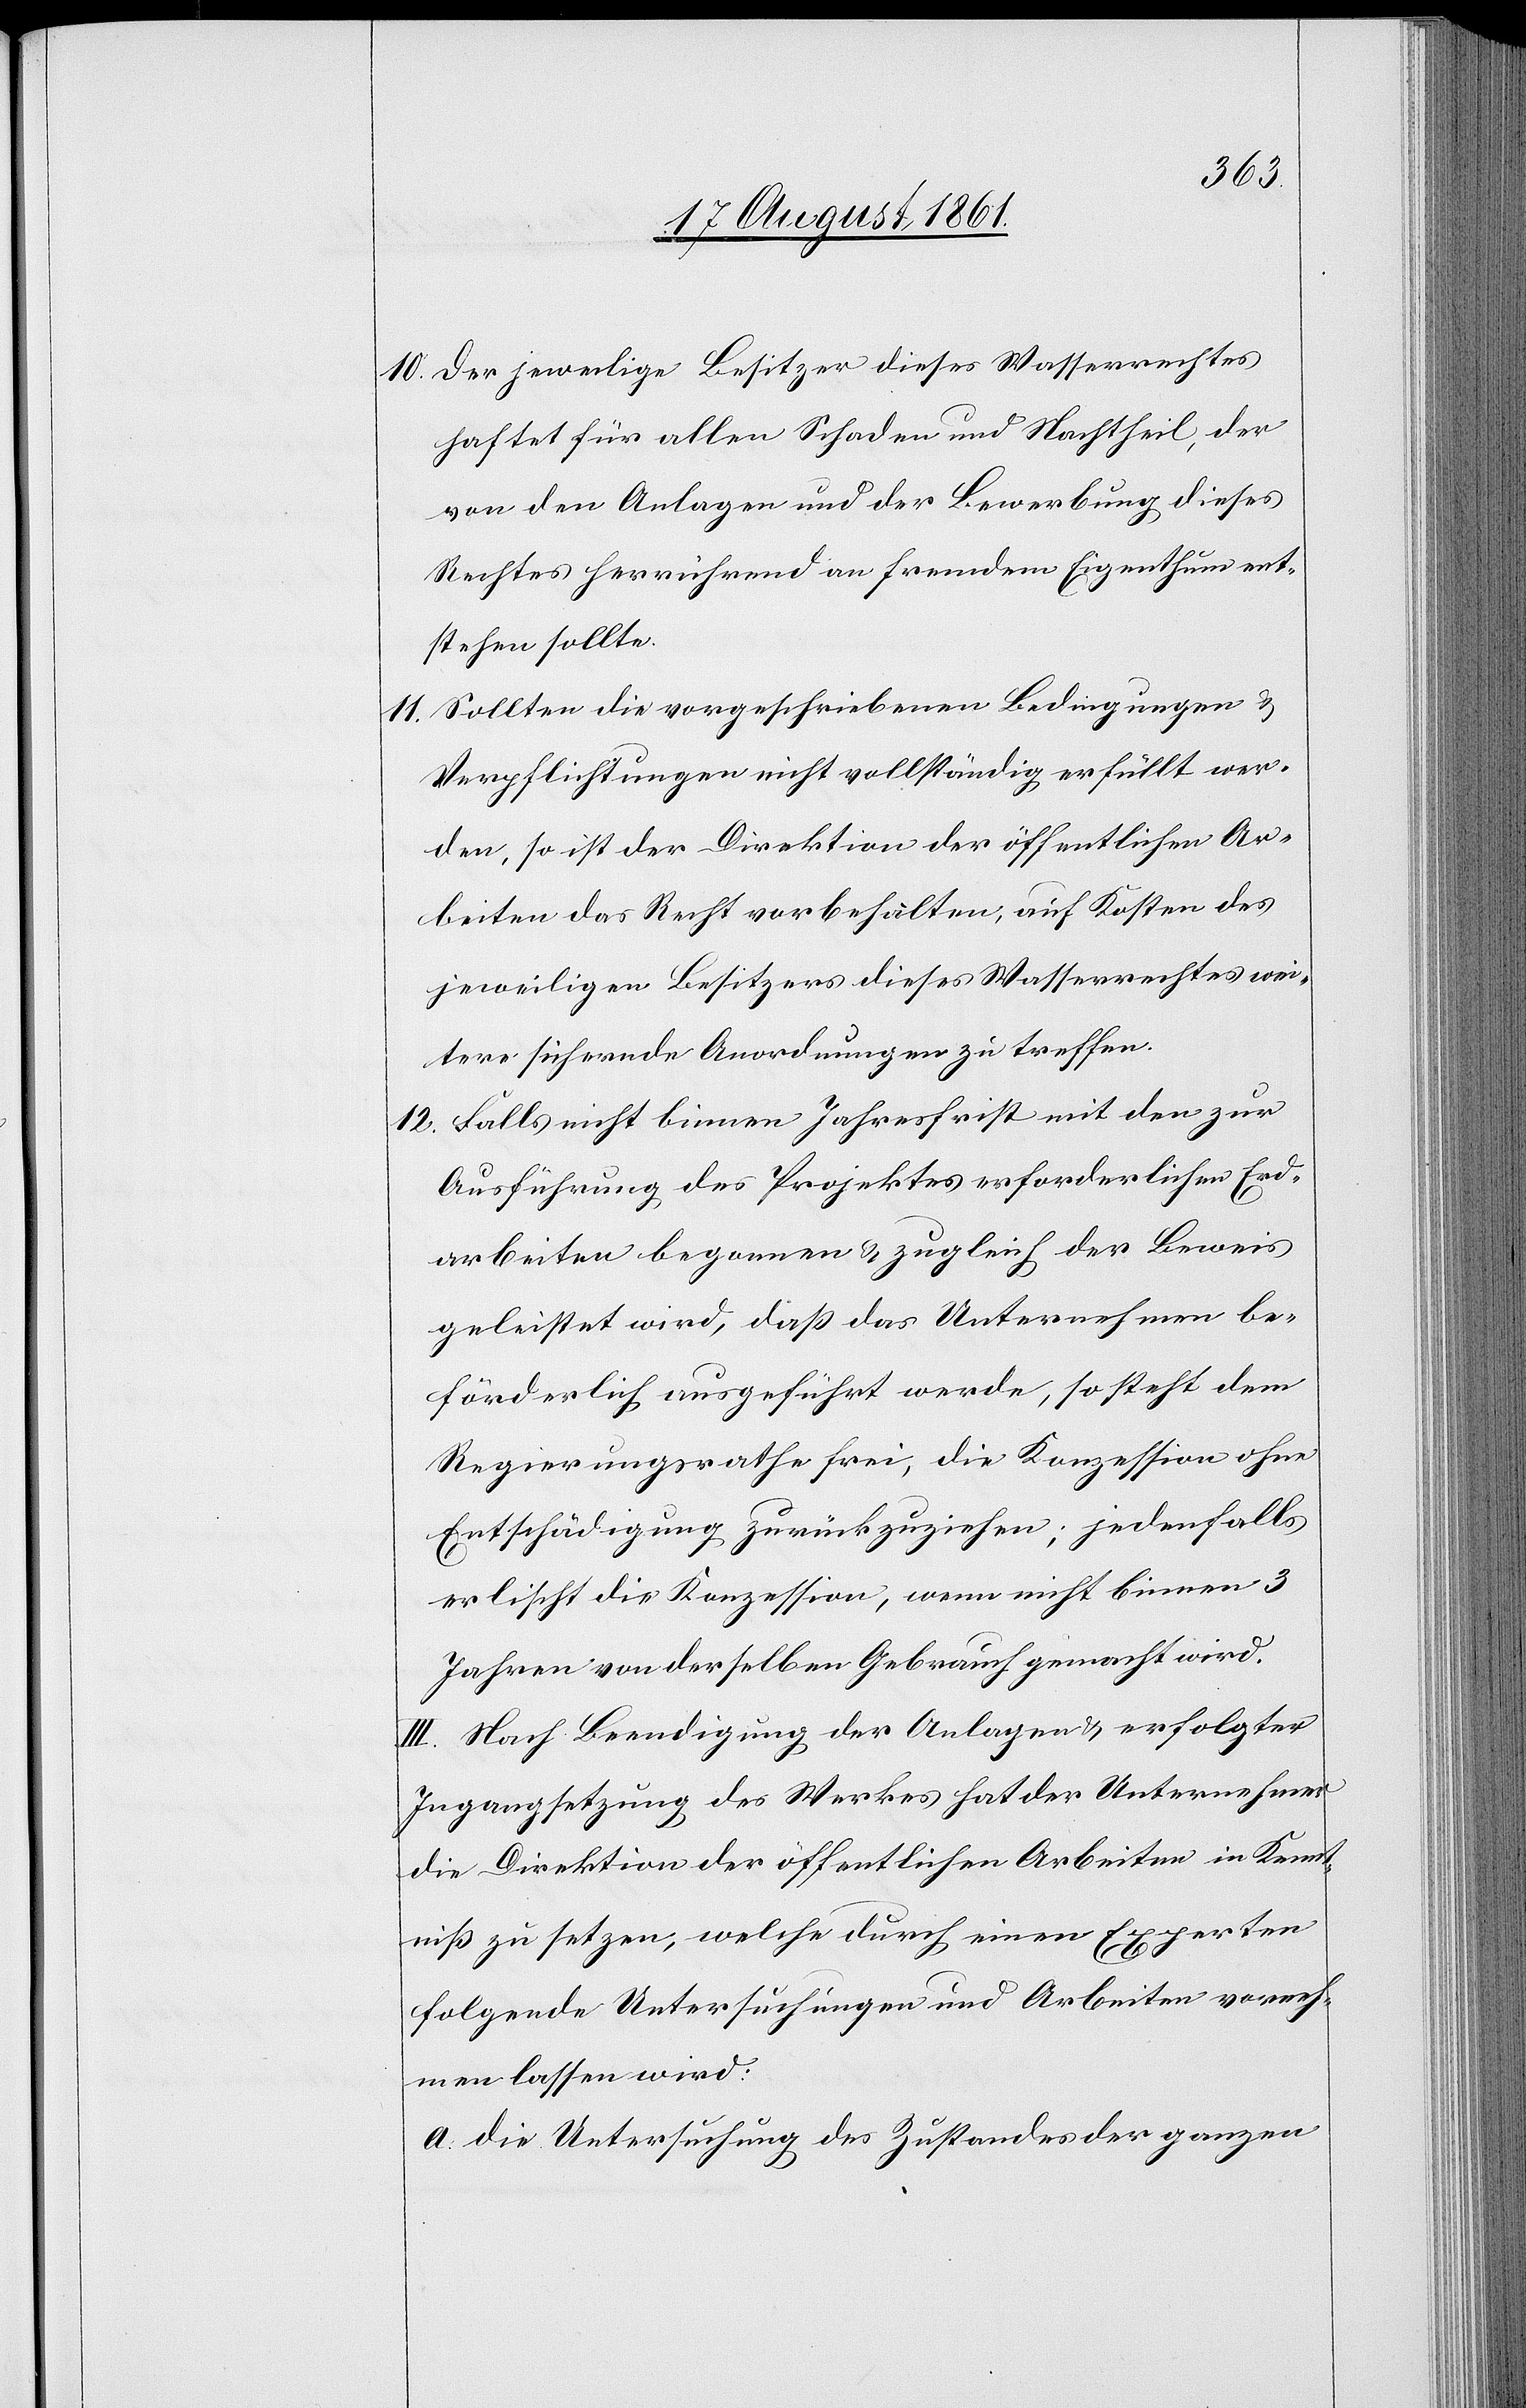
10. Der jeweilige Besitzer dieses Wasserrechtes
haftet für allen Schaden und Nachtheil, der
von den Anlagen und der Bewerbung dieses
Rechtes herrührend an fremdem Eigenthum ent¬
stehen sollte.
11. Sollten die vorgeschriebenen Bedingungen u.
Verpflichtungen nicht vollständig erfüllt wer¬
den, so ist der Direktion der öffentlichen Ar¬
beiten das Recht vorbehalten, auf Kosten des
jeweiligen Besitzers dieses Wasserrechtes wei¬
tere sichernde Anordnungen zu treffen.
12. Falls nicht binnen Jahresfrist mit den zur
Ausführung des Projektes erforderlichen Erd¬
arbeiten begonnen u. zugleich der Beweis
geleistet wird, daß das Unternehmen be¬
förderlich ausgeführt werde, so steht dem
Regierungsrathe frei, die Konzession ohne
Entschädigung zurückziehen, jedenfalls
erlischt die Konzession, wenn nicht binnen 3
Jahren von derselben Gebrauch gemacht wird.
III. Nach Beendigung der Anlagen u. erfolgter
Ingangsetzung des Werkes hat der Unternehmer
die Direktion der öffentlichen Arbeiten in Kennt¬
niß zu setzen, welche durch einen Experten
folgende Untersuchungen und Arbeiten vorneh¬
men lassen wird:
a. Die Untersuchung des Zustandes der ganzen